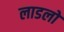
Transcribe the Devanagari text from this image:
लाडलों